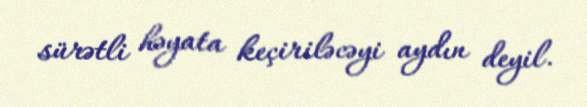
sürətli həyata keçiriləcəyi aydın deyil.